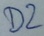
Text: D2